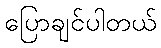
ပြောချင်ပါတယ်